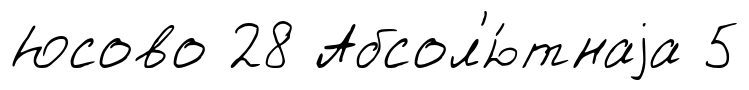
Юсово 28 Абсол'ю́тнаjа 5